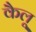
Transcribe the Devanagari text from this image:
कैलू